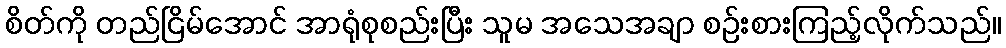
စိတ်ကို တည်ငြိမ်အောင် အာရုံစုစည်းပြီး သူမ အသေအချာ စဉ်းစားကြည့်လိုက်သည်။